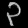
Digit: ၃